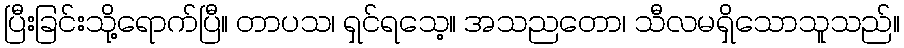
ပြီးခြင်းသို့ရောက်ပြီ။ တာပသ၊ ရှင်ရသေ့။ အသညတော၊ သီလမရှိသောသူသည်။